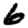
Digit: 6